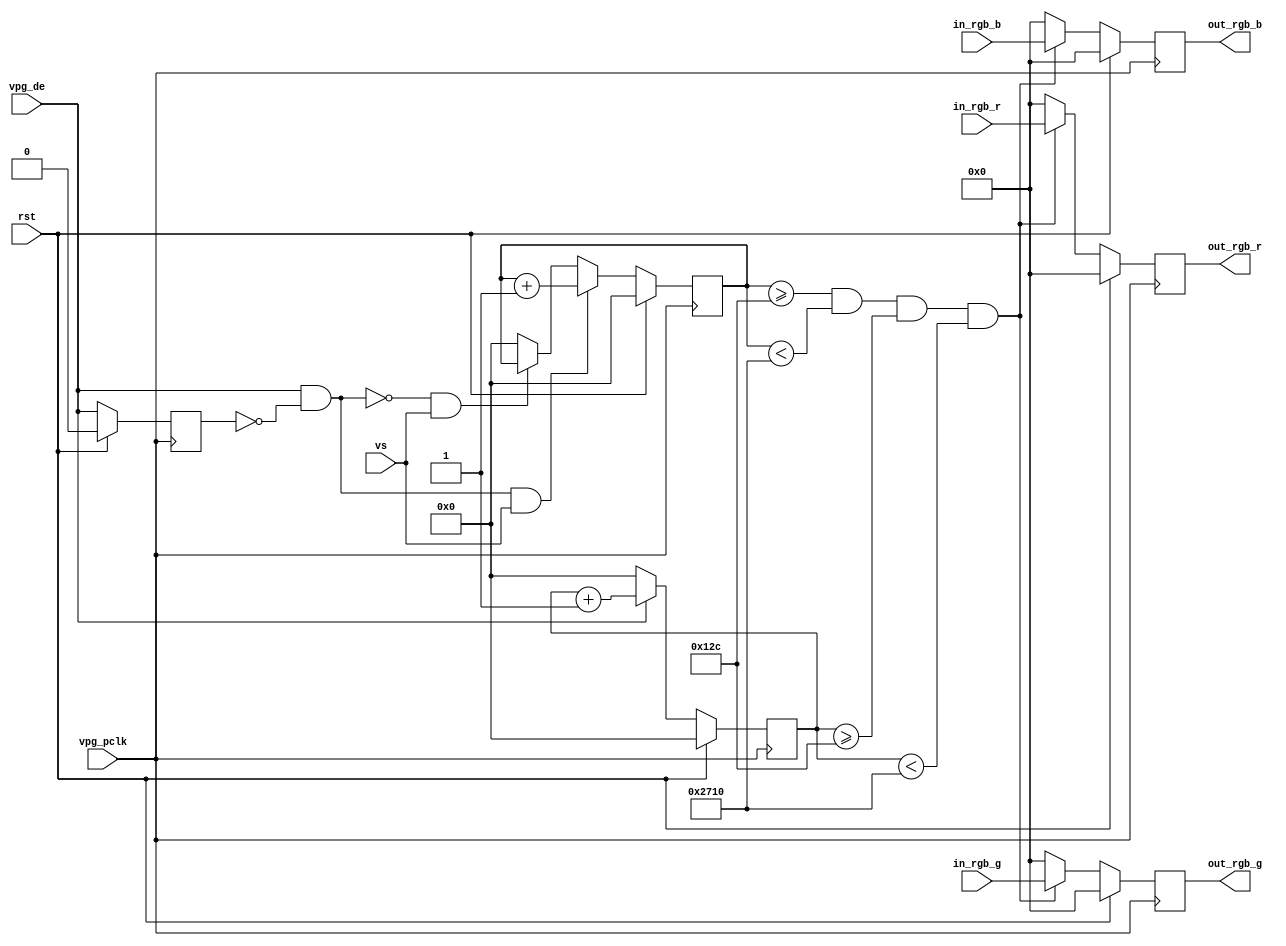

module color_bar(
input				  vpg_pclk     	,
input				  rst,
input				  vpg_de      	,
input				  vs,
input				  [7:0]in_rgb_r,
input  				  [7:0]in_rgb_g,
input 			   	  [7:0]in_rgb_b,
/*
input				  [1:0]x,
input  				  [1:0]y,
input  				  [1:0]w,
input  				  [1:0]h,
*/
output	wire      [7:0]	  out_rgb_r        	,//
output	wire      [7:0]	  out_rgb_g        	,//
output	wire      [7:0]	  out_rgb_b        	 //
);
						
parameter       H_TOTAL = 2200 - 1  ;//
parameter       H_SYNC = 44 - 1     ;//
parameter       H_START = 190 - 1   ;//
parameter       H_END = 2110 - 1    ;//
parameter       V_TOTAL = 1125 - 1  ;//
parameter       V_SYNC = 5 - 1      ;//
parameter       V_START = 41 - 1    ;//
parameter       V_END = 1121 - 1    ;//

//

/*
parameter 		WI = w  + 1;
parameter 		HI = h  +  1;
parameter       SQUARE_X    =   (100 * x) ;//x
parameter       SQUARE_Y    =   (100 * y) ;//y
parameter       SCREEN_X    =   (100 * w);//
parameter       SCREEN_Y    =   (100 * h);//
*/

parameter       SQUARE_X    =   300 ;//x
parameter       SQUARE_Y    =   300  ;//y
parameter       SCREEN_X    =   10000 ; //
parameter       SCREEN_Y    =   10000 ; //

reg [12:0]	cnt_h;//
reg [12:0]	cnt_v;//
reg [7:0]   rgb_b;
reg [7:0]   rgb_g;
reg [7:0]   rgb_r;
wire de_valid;
reg de_delay;


 //
always @(posedge vpg_pclk ) begin
	if (rst==1'b1) begin
		cnt_h <= 'd0;
	end
	else if (vpg_de == 1'b1) begin//
		
	 cnt_h <= cnt_h + 1'b1;
			
	end
	else begin
		cnt_h <= 1'b0;
	end
end

//
always @(posedge vpg_pclk ) begin
	if (rst==1'b1) begin
		de_delay <= 'd0;
	end    
    else begin
        de_delay <= vpg_de;
    end
end

assign de_valid = vpg_de&(!de_delay);


always @(posedge vpg_pclk ) begin
	if (rst==1'b1) begin
		cnt_v <= 'd0;
	end 
    else if(de_valid == 1 && vs == 1 )begin
       cnt_v <= cnt_v + 1'b1;
    end
    else if(de_valid == 0 && vs == 1 )begin
            cnt_v <= cnt_v;
    end
    else begin
        cnt_v <= 'd0;
    end
end
assign out_rgb_b = rgb_b;
assign out_rgb_g = rgb_g;
assign out_rgb_r = rgb_r;
//rgb
always @(posedge vpg_pclk ) begin
	if (rst==1'b1) begin
		rgb_r <=8'b0;
		rgb_g <=8'b0;
		rgb_b <=8'b0;
	end
	else if (cnt_v >= SQUARE_X && cnt_v < SCREEN_X && cnt_h >= SQUARE_Y && cnt_h < SCREEN_Y) begin
		rgb_r <= in_rgb_r;
		rgb_g <= in_rgb_g;
		rgb_b <= in_rgb_b;
	end
	else begin
		rgb_r <=8'b0;
		rgb_g <=8'b0;
		rgb_b <=8'b0;
	end
end
endmodule